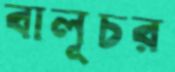
বালূচর